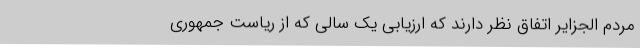
مردم الجزایر اتفاق نظر دارند که ارزیابی یک سالی که از ریاست جمهوری